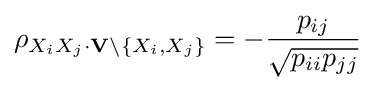
\rho _{X_{i}X_{j}\cdot \mathbf {V} \setminus \{X_{i},X_{j}\}}=-{\frac {p_{ij}}{\sqrt {p_{ii}p_{jj}}}}